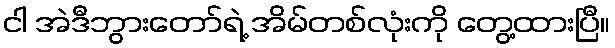
ငါ အဲဒီဘွားတော်ရဲ့ အိမ်တစ်လုံးကို တွေ့ထားပြီ။